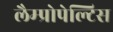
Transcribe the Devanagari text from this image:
लैम्प्रोपेल्टिस